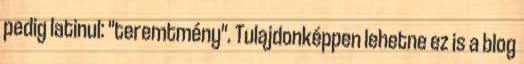
pedig latinul: "teremtmény". Tulajdonképpen lehetne ez is a blog